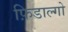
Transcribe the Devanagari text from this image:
फ़िडाल्गो